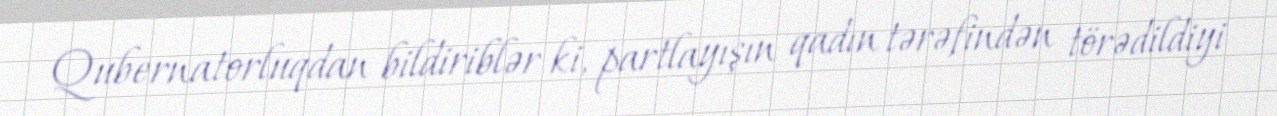
Qubernatorluqdan bildiriblər ki, partlayışın qadın tərəfindən törədildiyi